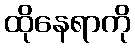
ထိုနေရာကို